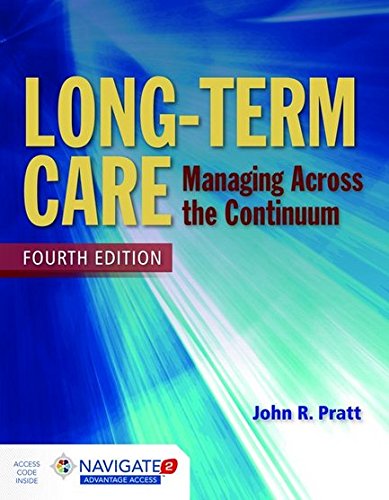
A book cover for Long-Term Care: Managing Across the Continuum; John Pratt; Medical Books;